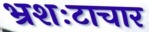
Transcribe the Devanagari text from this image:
भ्रशःटाचार